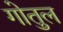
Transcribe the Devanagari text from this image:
गोतुल